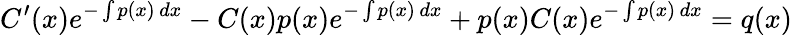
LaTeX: C^{\prime}(x)e^{-\int p(x)\, dx}-C(x)p(x)e^{-\int p(x)\, dx}+p(x)C(x)e^{-\int p(x)\, dx}=q(x)